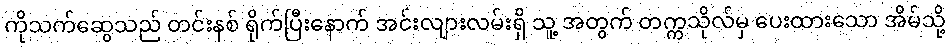
ကိုသက်ဆွေသည် တင်းနစ် ရိုက်ပြီးနောက် အင်းလျားလမ်းရှိ သူ့ အတွက် တက္ကသိုလ်မှ ပေးထားသော အိမ်သို့